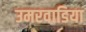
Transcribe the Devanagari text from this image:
उमरवाडिया